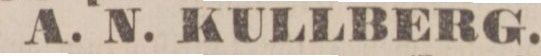
A. N. KULLBERG.